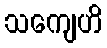
သကျေဟိ